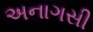
અનાગસી